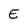
Character: E